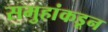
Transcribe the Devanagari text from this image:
समुहांकडून